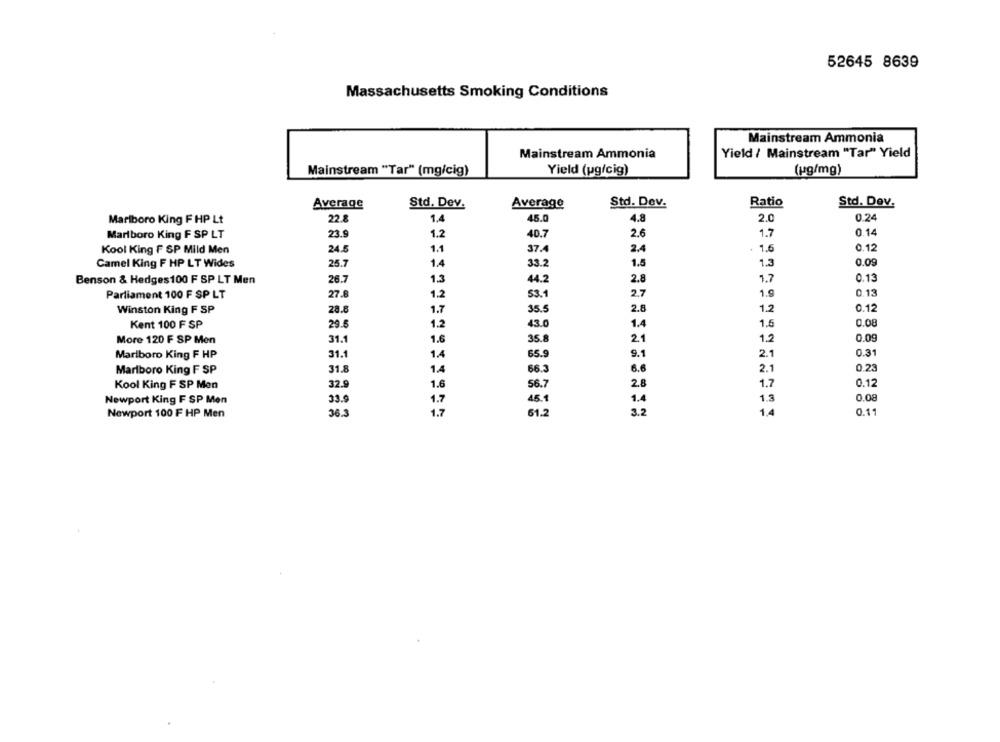
52645 8639
Massachusetts Smoking Conditions
Mainstream Ammonia
Mainstream Ammonia
Yield / Mainstream "Tar" Yield
Yield (pg/cig)
(ug/mg)
Mainstream "Tar" (mg/cig)
Average
Std. Dev.
Average
Std. Dev.
Ratio
Std. Dev.
Marlboro King F HP Lt
22.8
1.4
45.0
4.8
2.0
0.24
Marlboro King F SP LT
23.9
1.2
40.7
2.6
1.7
0.14
Kool King F SP Mild Men
24.5
1.1
37.4
2.4
1.6
0.12
Camel King F HP LT Wides
25.7
1.4
33.2
1.5
1.3
0.09
Benson & Hedges 100 F SP LT Men
26.7
1.3
44.2
2.8
1.7
0.13
Parliament 100 F SP LT
27.8
1.2
53.1
2.7
1.9
0.13
Winston King F SP
28.8
1.7
35.5
2.8
1.2
0.12
Kent 100 F SP
29.5
1.2
43.0
1.4
1.5
0.08
More 120 F SP Men
31.1
1.6
35.8
2.1
1.2
0.09
Marlboro King F HP
31.1
1.4
65.9
9.1
2.1
0.31
Marlboro King F SP
31.8
1.4
66.3
8.6
2.1
0.25
Kool King F SP Men
32.9
1.6
56.7
2.8
1.7
0.12
Newport King F SP Men
33.9
1.7
45.1
1.4
1.3
0.08
Newport 100 F HP Men
36.3
1.7
61.2
3.2
1.4
0.11